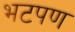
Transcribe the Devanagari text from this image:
भटपण